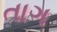
તાગ